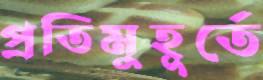
প্রতিমুহূর্তে